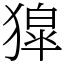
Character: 獔